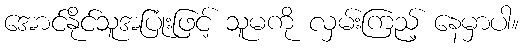
အောင်နိုင်သူအပြုံးဖြင့် သူမကို လှမ်းကြည့် နေမှာပါ။